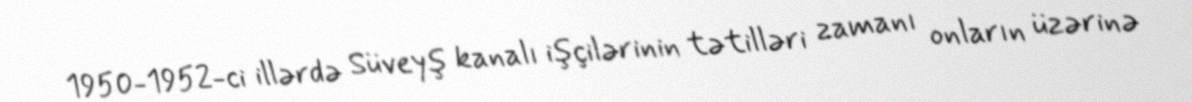
1950-1952-ci illərdə Süveyş kanalı işçilərinin tətilləri zamanı onların üzərinə